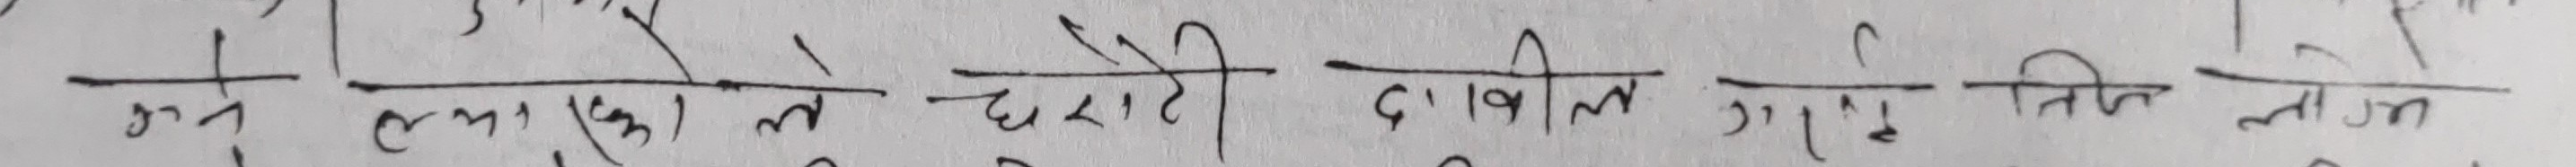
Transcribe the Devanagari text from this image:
सृष्टि लगायतको ले छोटो दावील गर्ने तिर लोन